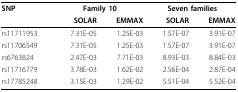
<table><thead><tr><td><b>SNP</b></td><td colspan="2"><b>Family 10</b></td><td colspan="2"><b>Seven families</b></td></tr><tr><td></td><td><b>SOLAR</b></td><td><b>EMMAX</b></td><td><b>SOLAR</b></td><td><b>EMMAX</b></td></tr></thead><tbody><tr><td>rs11711953</td><td>7.31E-05</td><td>1.25E-03</td><td>1.57E-07</td><td>3.91E-07</td></tr><tr><td>rs11706549</td><td>7.31E-05</td><td>1.25E-03</td><td>1.57E-07</td><td>3.91E-07</td></tr><tr><td>rs6763824</td><td>2.47E-03</td><td>7.71E-03</td><td>8.93E-03</td><td>8.84E-03</td></tr><tr><td>rs11716779</td><td>3.78E-03</td><td>1.62E-02</td><td>2.56E-04</td><td>2.87E-04</td></tr><tr><td>rs17785248</td><td>3.15E-03</td><td>1.29E-02</td><td>5.51E-04</td><td>5.52E-04</td></tr></tbody></table>